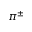
\pi ^ { \pm }